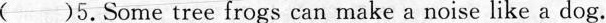
()5.Some tree frogs can make a noise like a dog.